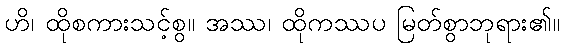
ဟိ၊ ထိုစကားသင့်စွ။ အဿ၊ ထိုကဿပ မြတ်စွာဘုရား၏။